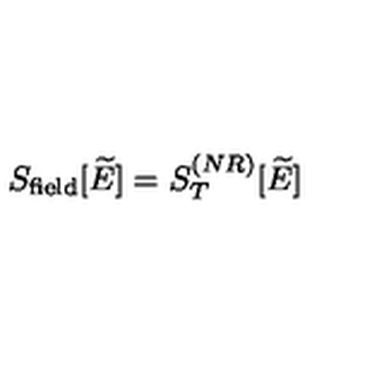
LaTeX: S _ { \mathrm { f i e l d } } [ \widetilde { E } ] = S _ { T } ^ { ( N R ) } [ \widetilde { E } ]